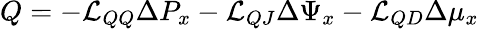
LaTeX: Q=-\mathcal{L}_{QQ}\Delta P_{x}-\mathcal{L}_{QJ}\Delta\Psi_{x}-\mathcal{L}_{QD}\Delta\mu_{x}